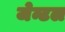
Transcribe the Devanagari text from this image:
जेन्टल